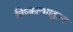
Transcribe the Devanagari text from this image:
विष्कल्भातुल्य